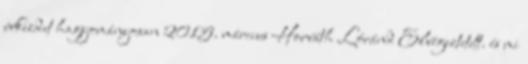
évkezdet hagyományosan 2015. március Horváth Lóránd Elvégeztetett. és mi